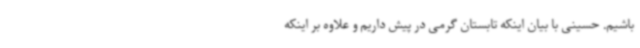
باشیم. حسینی با بیان اینکه تابستان گرمی در پیش داریم و علاوه بر اینکه